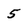
Character: 5